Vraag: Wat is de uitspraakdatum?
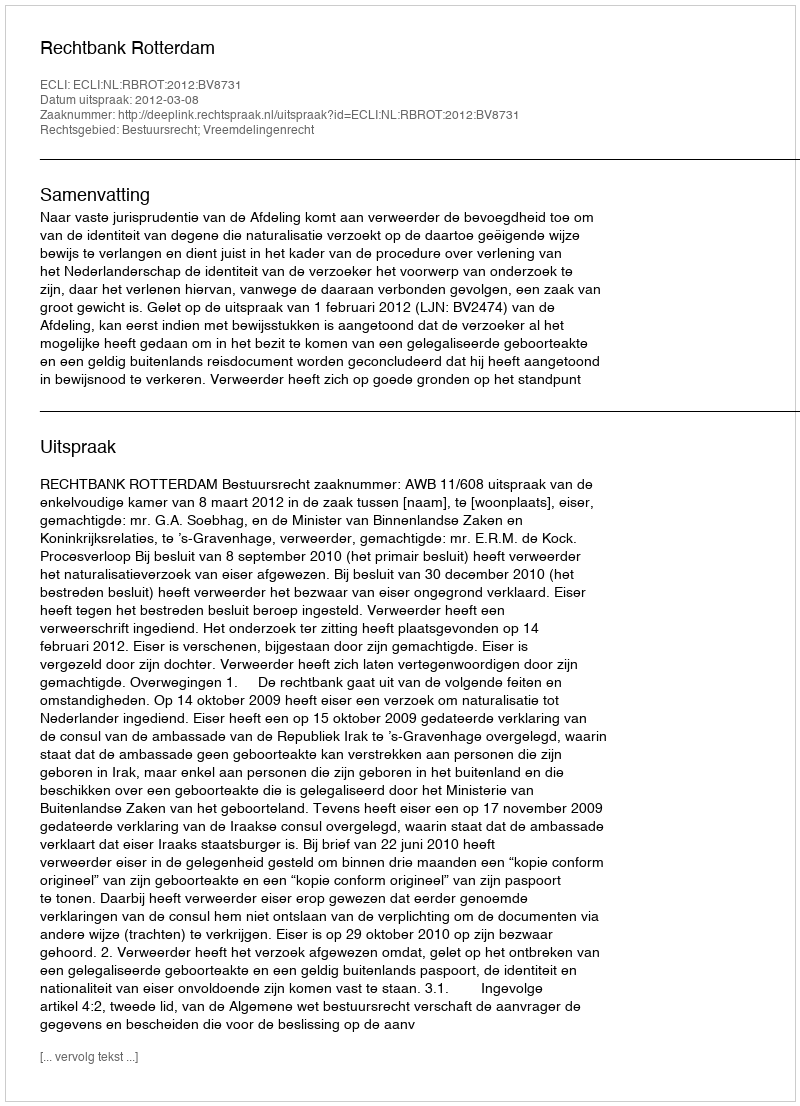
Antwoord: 2012-03-08